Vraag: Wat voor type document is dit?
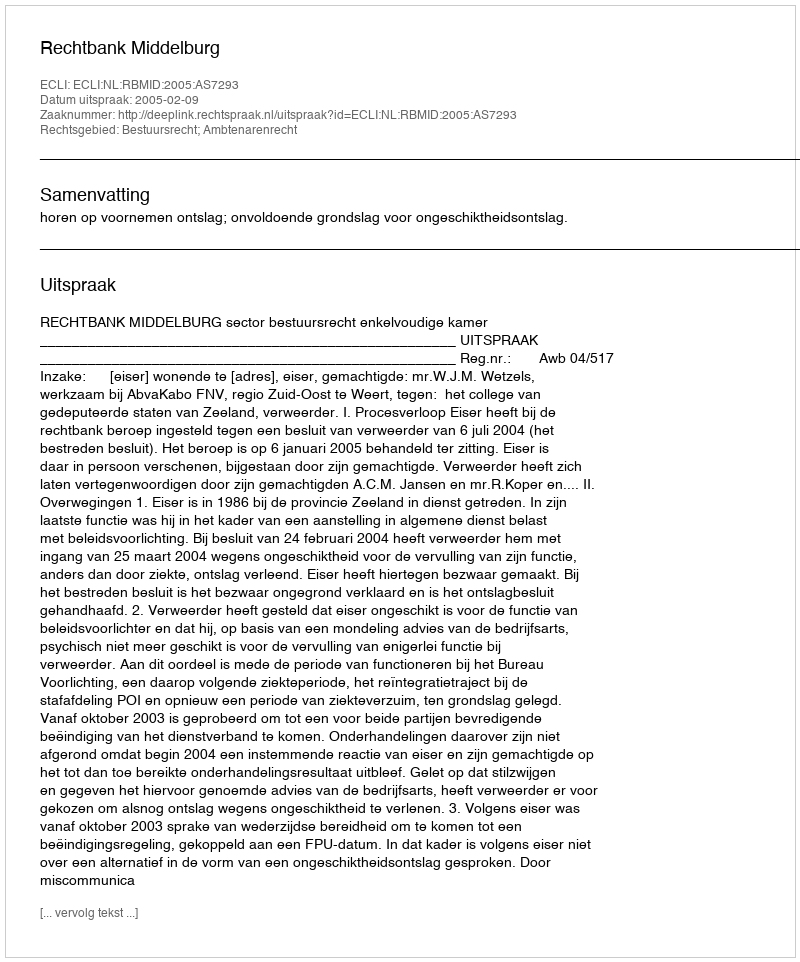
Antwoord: Uitspraak